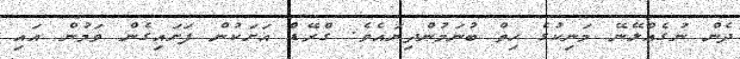
ދެން ނުގެއްލޭނޭ މަނިކުގެ ހިތް ބުނަމުންދިޔައެވެ. ގްރޭޑް އަށަކުން ފަށައިގެން ވަމުން އައި